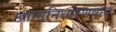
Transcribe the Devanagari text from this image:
आत्मनिर्धारणवाद